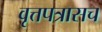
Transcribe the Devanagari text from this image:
वृत्तपत्रासच